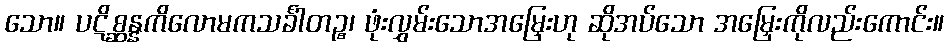
သော။ ပဋိစ္ဆန္နကိလောမကသင်္ခါတဉ္စ၊ ဖုံးလွှမ်းသောအမြှေးဟု ဆိုအပ်သော အမြှေးကိုလည်းကောင်း။